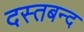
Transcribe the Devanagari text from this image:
दस्तबन्द